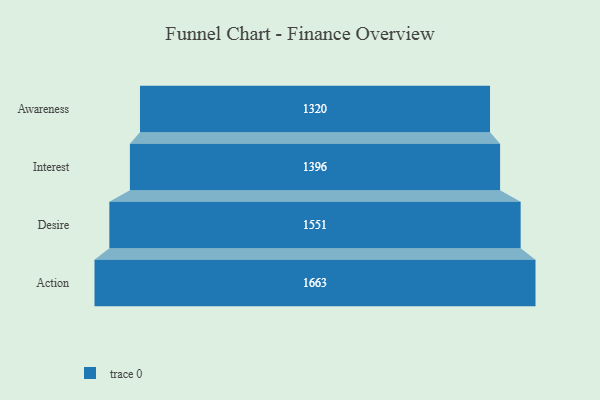
{"axis": {"x": "Stage", "y": "Value"}, "legend": [""], "data": [{"x": "Awareness", "y": 1320.0, "type": ""}, {"x": "Interest", "y": 1396.0, "type": ""}, {"x": "Desire", "y": 1551.0, "type": ""}, {"x": "Action", "y": 1663.0, "type": ""}]}